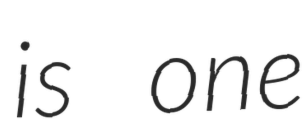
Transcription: is one